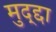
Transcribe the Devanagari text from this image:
मुद्द्दा